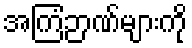
အကြံဉာဏ်များကို